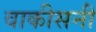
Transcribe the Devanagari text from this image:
वाकीसनी